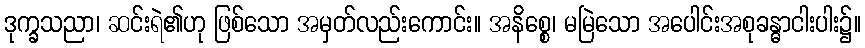
ဒုက္ခသညာ၊ ဆင်းရဲ၏ဟု ဖြစ်သော အမှတ်လည်းကောင်း။ အနိစ္စေ၊ မမြဲသော အပေါင်းအစုခန္ဓာငါးပါး၌။